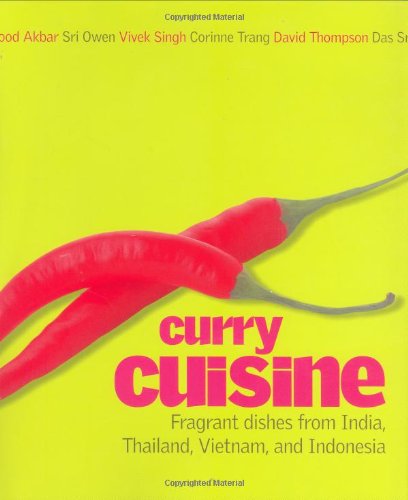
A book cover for Curry Cuisine; Corinne Trang; Cookbooks, Food & Wine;